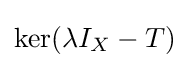
\ker(\lambda I_{X}-T)